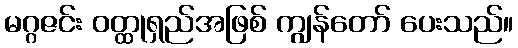
မဂ္ဂဇင်း ဝတ္ထုရှည်အဖြစ် ကျွန်တော် ပေးသည်။